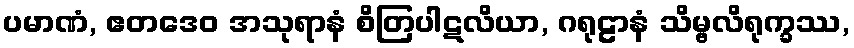
ပမာဏံ, ဧတဒေဝ အသုရာနံ စိတြပါဋလိယာ, ဂရုဠာနံ သိမ္ဗလိရုက္ခဿ,